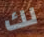
لك